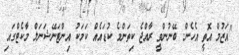
"އަޒުމް އޮތީ އެހެން. ބޭނުންވީ ރާއްޖެ ކިތަންމެ ކުޑައެއް ކަމަކު އިންޓަނޭޝަނަލް މާކެޓްގައި